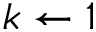
k \gets 1